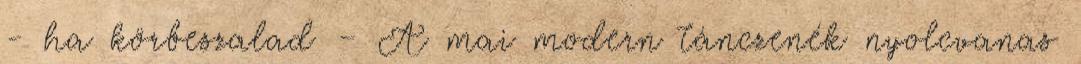
- ha körbeszalad – A mai modern tánczenék nyolcvanas